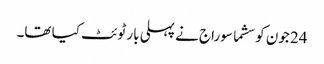
24 جون کو سشما سوراج نے پہلی بار ٹوئٹ کیا تھا۔